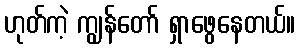
ဟုတ်ကဲ့ ကျွန်တော် ရှာဖွေနေတယ်။